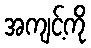
အကျင့်ကို